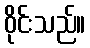
ဝိုင်းသည်။